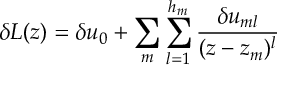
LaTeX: \delta L ( z ) = \delta u _ { 0 } + \sum _ { m } \sum _ { l = 1 } ^ { h _ { m } } { \frac { \delta u _ { m l } } { ( z - z _ { m } ) ^ { l } } }